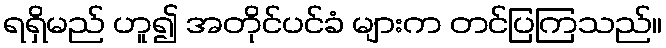
ရရှိမည် ဟူ၍ အတိုင်ပင်ခံ များက တင်ပြကြသည်။